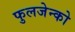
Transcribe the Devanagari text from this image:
फुलजेन्को